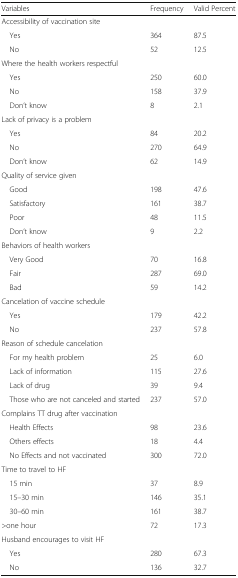
| Variables | Frequency | Valid Percent |
 | --- | --- | --- |
 | <COLSPAN=3> Accessibility of vaccination site |
 | Yes | 364 | 87.5 |
 | No | 52 | 12.5 |
 | <COLSPAN=3> Where the health workers respectful |
 | Yes | 250 | 60.0 |
 | No | 158 | 37.9 |
 | Don’t know | 8 | 2.1 |
 | <COLSPAN=3> Lack of privacy is a problem |
 | Yes | 84 | 20.2 |
 | No | 270 | 64.9 |
 | Don’t know | 62 | 14.9 |
 | <COLSPAN=3> Quality of service given |
 | Good | 198 | 47.6 |
 | Satisfactory | 161 | 38.7 |
 | Poor | 48 | 11.5 |
 | Don’t know | 9 | 2.2 |
 | <COLSPAN=3> Behaviors of health workers |
 | Very Good | 70 | 16.8 |
 | Fair | 287 | 69.0 |
 | Bad | 59 | 14.2 |
 | <COLSPAN=3> Cancelation of vaccine schedule |
 | Yes | 179 | 42.2 |
 | No | 237 | 57.8 |
 | <COLSPAN=3> Reason of schedule cancelation |
 | For my health problem | 25 | 6.0 |
 | Lack of information | 115 | 27.6 |
 | Lack of drug | 39 | 9.4 |
 | Those who are not canceled and started | 237 | 57.0 |
 | <COLSPAN=3> Complains TT drug after vaccination |
 | Health Effects | 98 | 23.6 |
 | Others effects | 18 | 4.4 |
 | No Effects and not vaccinated | 300 | 72.0 |
 | <COLSPAN=3> Time to travel to HF |
 | 15 min | 37 | 8.9 |
 | 15–30 min | 146 | 35.1 |
 | 30–60 min | 161 | 38.7 |
 | >one hour | 72 | 17.3 |
 | <COLSPAN=3> Husband encourages to visit HF |
 | Yes | 280 | 67.3 |
 | No | 136 | 32.7 |